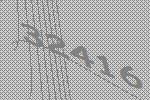
32416